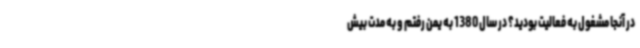
در آنجا مشغول به فعالیت بودید؟ در سال 1380 به یمن رفتم و به مدت بیش